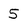
Character: 5